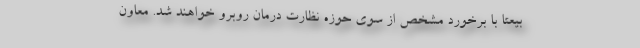
بیعتاً با برخورد مشخص از سوی حوزه نظارت درمان روبرو خواهند شد. معاون